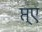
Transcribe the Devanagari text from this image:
प्त्ए